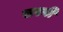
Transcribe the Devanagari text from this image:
सरनी